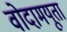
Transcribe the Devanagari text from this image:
वोदामयूता